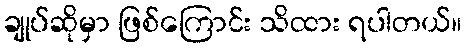
ချုပ်ဆိုမှာ ဖြစ်ကြောင်း သိထား ရပါတယ်။